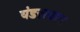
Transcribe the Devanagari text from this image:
वंडरस्वान